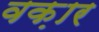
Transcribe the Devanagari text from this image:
वक़ार